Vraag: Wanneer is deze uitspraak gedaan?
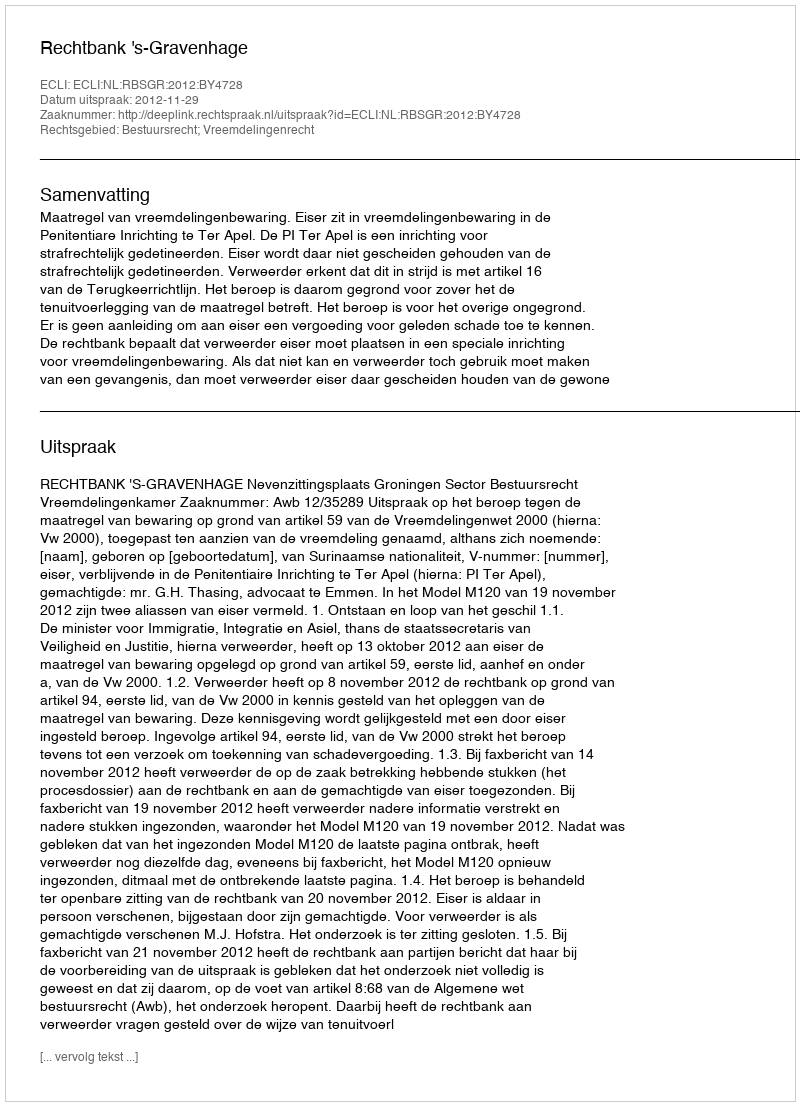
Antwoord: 2012-11-29